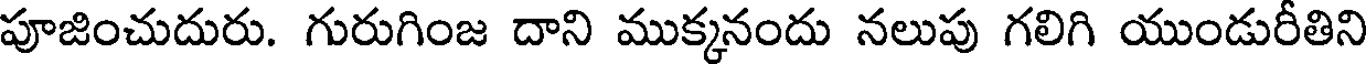
పూజించుదురు. గురుగింజ దాని ముక్కనందు నలుపు గలిగి యుండురీతిని